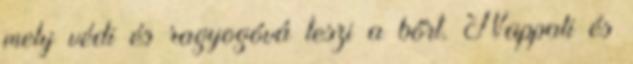
mely védi és ragyogóvá teszi a bőrt. Nappali és